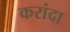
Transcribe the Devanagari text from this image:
करांदा